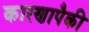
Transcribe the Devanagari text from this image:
कारणापैकी